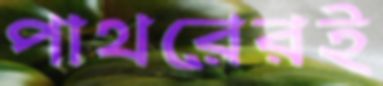
পাথরেরই